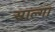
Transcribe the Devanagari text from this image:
साल्गा